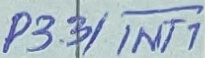
Text: P3.3/INT1